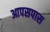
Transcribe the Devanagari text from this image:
आपसपास